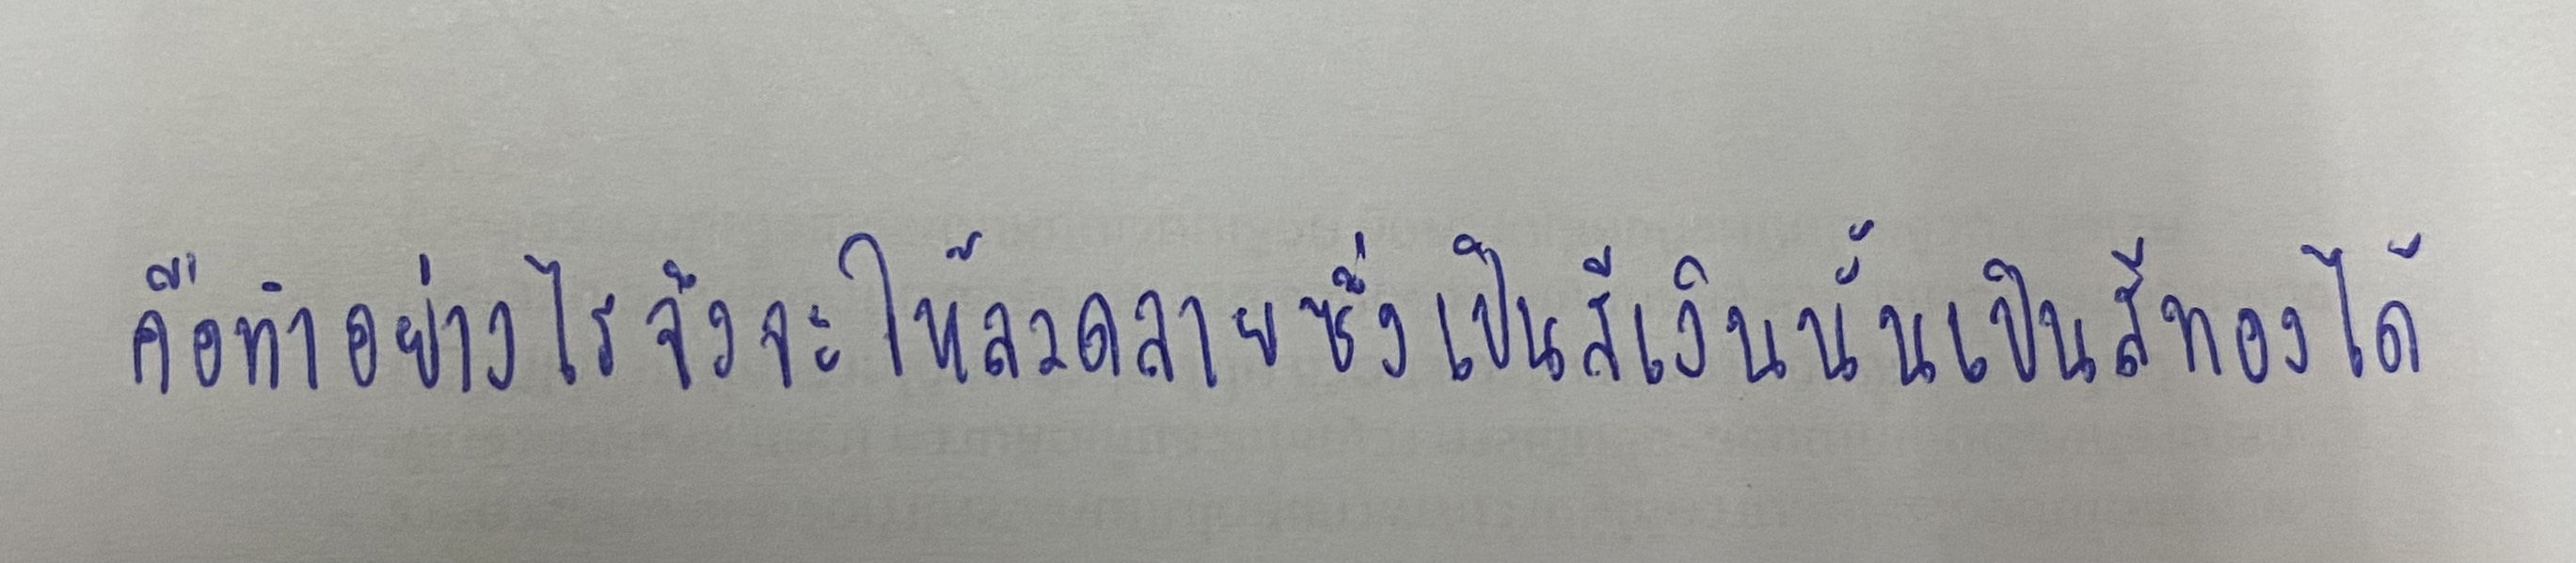
คือทำอย่างไรจึงจะให้ลวดลายซึ่งเป็นสีเงินนั้นเป็นสีทองได้